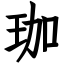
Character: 珈